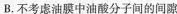
B.不考虑油膜中油酸分子间的间隙